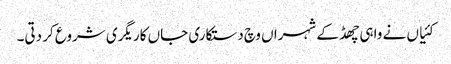
کئیاں نے واہی چھڈ کے شہراں وچ دستکاری جاں کاریگری شروع کر دتی۔